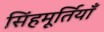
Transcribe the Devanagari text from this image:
सिंहमूर्तियाँ